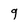
Character: 9